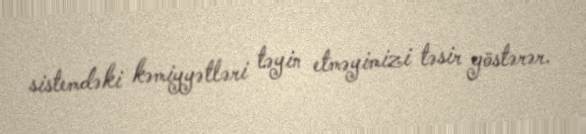
sistemdəki kəmiyyətləri təyin etməyimizi təsir göstərər.